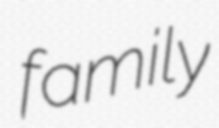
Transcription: family